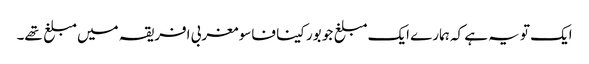
ایک تو یہ ہے کہ ہمارے ایک مبلغ جو بورکینا فاسو مغربی افریقہ میں مبلغ تھے۔